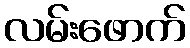
လမ်းဖောက်